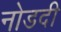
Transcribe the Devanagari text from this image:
नोडदी